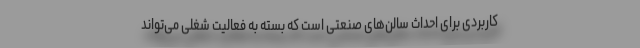
کاربردی برای احداث سالن‌های صنعتی است که بسته به فعالیت شغلی می‌تواند